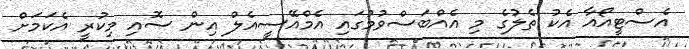
އެސްޓީއޯއާ އެކު ތެލުގެ މި އެއްބަސްވުމުގައި އެމްއޭސީއެލް އިން ސޮއި މިކުރީ އެކަމަށް